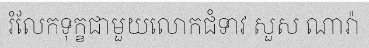
រំលែកទុក្ខជាមួយលោកជំទាវ សួស ណារ៉ា